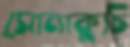
সোনাকুচি